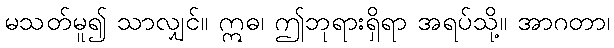
မသတ်မူ၍ သာလျှင်။ ဣဓ၊ ဤဘုရားရှိရာ အရပ်သို့။ အာဂတာ၊